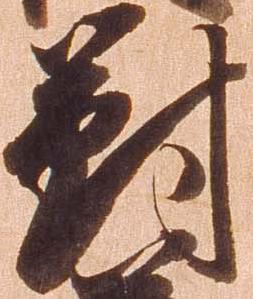
対